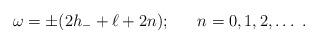
LaTeX: \begin{align*}\omega = \pm (2h_- + \ell + 2n); \ \ \ \ \ n = 0,1,2,\ldots\ .\end{align*}